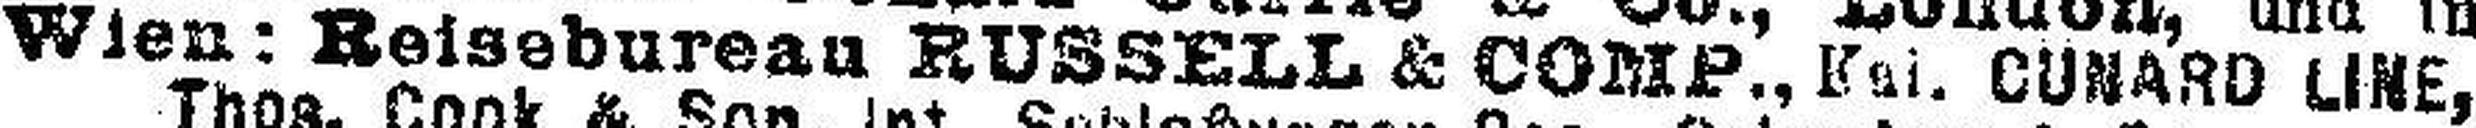
Wien: Reiseburean RUSSELL & COMP., Kai. CUNARO LINE,